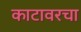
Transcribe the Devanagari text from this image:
काटावरचा